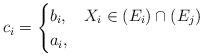
LaTeX: \begin{align*} c_i=\begin{cases} b_i, & X_i\in(E_i)\cap(E_j) \\ a_i, & \end{cases}\end{align*}